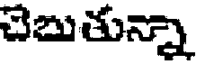
చెబుతున్నా